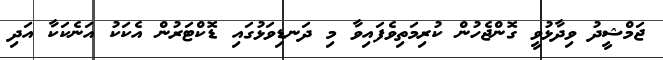
ޖަމްޝީދު ވިދާޅުވީ ގޮންޖެހުން ކުރިމަތިވެފައިވާ މި ދަނޑިވަޅުގައި ޑޮކްޓަރުން އެކަކު އަނެކަކާ އަދި